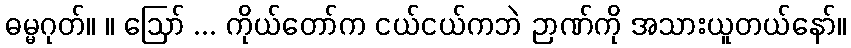
ဓမ္မဂုတ်။ ။ ဩော် ... ကိုယ်တော်က ငယ်ငယ်ကဘဲ ဉာဏ်ကို အသားယူတယ်နော်။